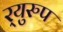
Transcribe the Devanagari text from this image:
र्‍युरुप